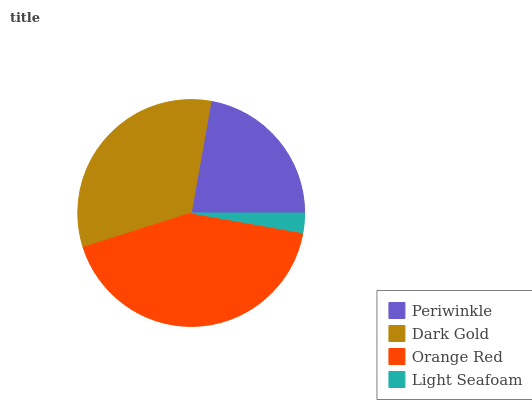
| Periwinkle | Dark Gold | Orange Red | Light Seafoam |
 | --- | --- | --- | --- |
 | 22.3% | 32.6% | 42.3% | 2.78% |